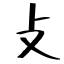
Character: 攴